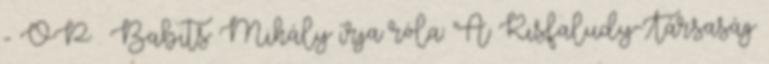
- OP . Babits Mihály írja róla: "A Kisfaludy-Társaság